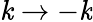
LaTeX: \mathit{k}\rightarrow-\mathit{k}